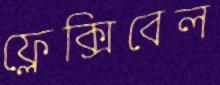
ফ্লেক্সিবেল